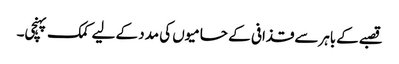
قصبےکےباہرسےقذافی کے حامیوں کی مدد کے لیے کمک پہنچی۔